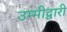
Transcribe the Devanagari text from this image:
उम्मीद्वारी